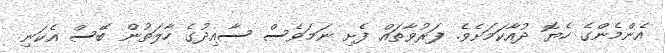
އެންމެންގެ ހެޔޮ ދުއާކަމަށެވެ. ފަރުވާތައް ފެށި ނަމަވެސް ސާއިދުގެ ހާލަތުން ބޭސް އެކަނި